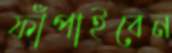
ফাঁপাইবেন